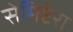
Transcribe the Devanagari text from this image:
सेमिप्टेरा